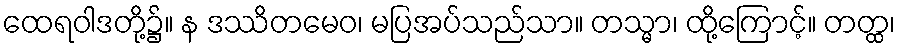
ထေရဝါဒတို့၌။ န ဒဿိတမေဝ၊ မပြအပ်သည်သာ။ တသ္မာ၊ ထို့ကြောင့်။ တတ္ထ၊